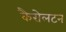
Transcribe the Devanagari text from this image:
कैरोलटन